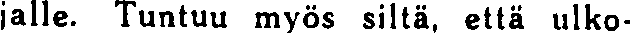
jalle. Tuntuu myös siltä, että ulko-